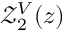
\protect \mathcal { Z } _ { 2 } ^ { V } ( z )